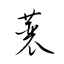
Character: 蓑